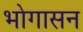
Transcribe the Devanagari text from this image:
भोगासन